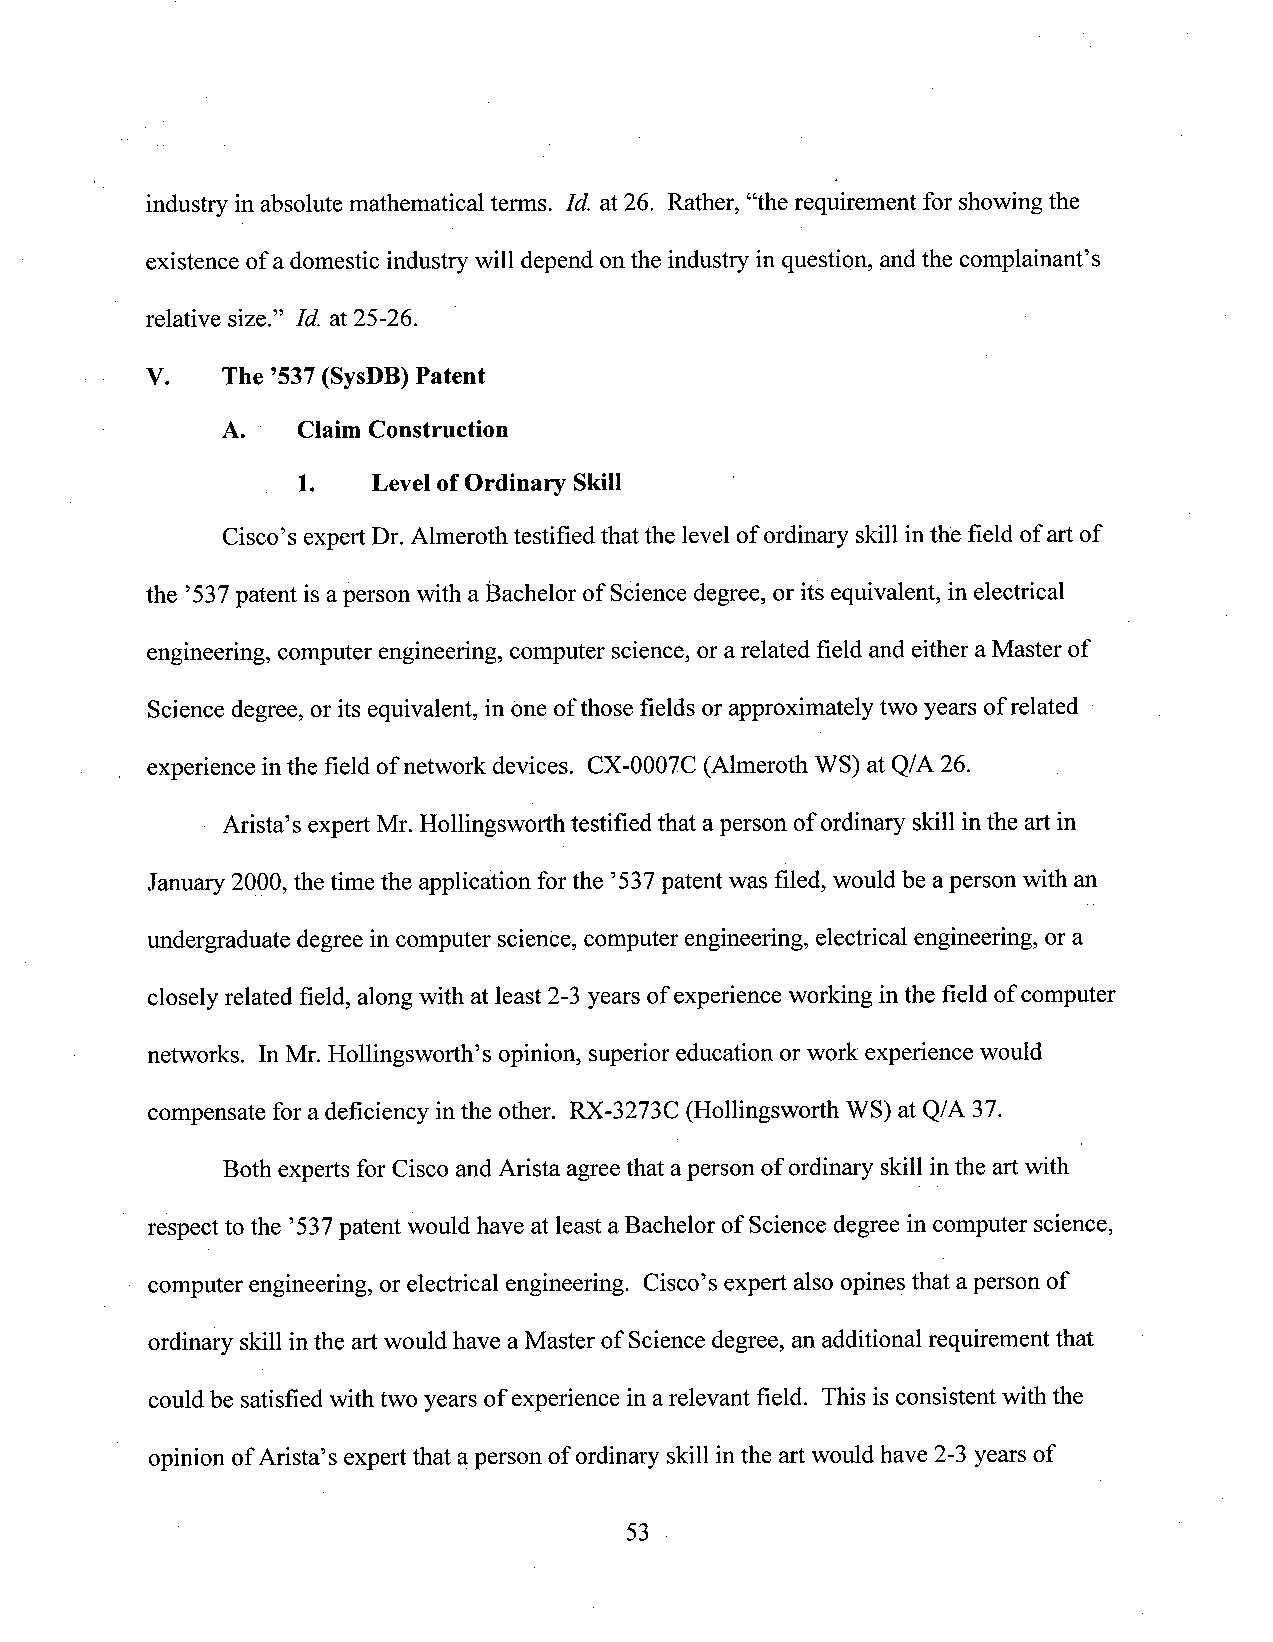
industry in absolute mathematical terms. Id. at26. Rather, “the requirement for showing the
 existence of adomestic industry will depend onthe industry in question, andthe complainant’s
 relative size.” Id. at25-26.
 V.   The ’537(SysDB)Patent
 A.   Claim Construction
 1.   LevelofOrdinary Skill
 Cisco’sexpert Dr.Almeroth testified that the levelofordinary skill inthe field ofartof
 the ’537patent is aperson with aBachelor of Science degree, or its equivalent, in electrical
 engineering, computerengineering, computer science,orarelated field and either aMaster of
 Sciencedegree, orits equivalent, in one ofthose fields orapproximately two years ofrelated
 experience inthe field ofnetwork devices. CX-0007C (Almeroth WS) at Q/A26.
 Arista’s €Xp€I‘Mt r. Hollingsworth testified that aperson of ordinary skill inthe art in
 January 2000,the time the application forthe ’537patentwas filed, would be aperson with an
 undergraduate degree in computer science, computer engineering, electrical engineering, or an
 closely related field, along with at least 2-3years ofexperience working in the field ofcomputer
 networks. In Mr. Hollingsworth’s opinion, superior education or Workexperience would
 compensate for adeficiency inthe other. RX-3273C (Hollingsworth WS) at Q/A 37.
 Both experts for Cisco and Arista agree that aperson of ordinary skill inthe art with
 respect to the ’537patent would have at least aBachelor of Science degree in computer science,
 computer engineering, or electrical engineering. Cisco’sexpert also opines that aperson of
 ordinary skillinthe art would have aMaster of Sciencedegree, an additional requirement that
 could be satisfied with two years of experience in arelevant field. This isconsistent with the
 opinion ofArista’s expert that aperson of ordinary skillinthe art would have 2-3 years of
 53